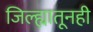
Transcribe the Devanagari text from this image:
जिल्ह्यातूनही